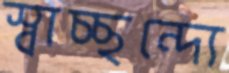
স্বাচ্ছন্দ্যে